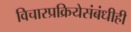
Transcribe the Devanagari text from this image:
विचारप्रक्रियेसंबंधीही